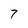
Character: 7